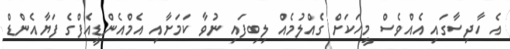
އެ ހާދިސާގައި އެއްވެސް މީހަކަށް ގެއްލުމެއް ލިބިފައި ނުވާ ކަމަށާއި އެމްއެންޑީއެފްގެ ފަޔާއެންޑް